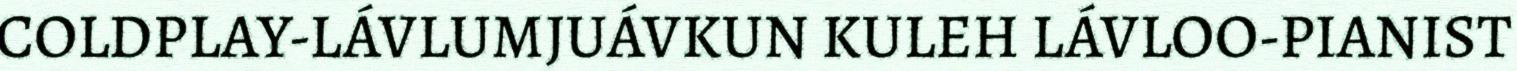
COLDPLAY-LÁVLUMJUÁVKUN KULEH LÁVLOO-PIANIST